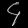
Digit: ၄